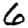
Digit: 6